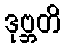
ဒုဗ္ဘတိ